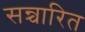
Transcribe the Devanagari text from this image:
सन्चारित